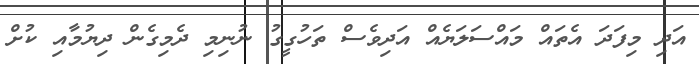
އަދި މިފަދަ އެތައް މައްސަލަޔެއް އަދިވެސް ތަހުގީގު ނުނިމި ދެމިގެން ދިޔުމާއި ކުށް